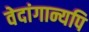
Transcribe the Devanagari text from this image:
वेदांगान्यपि